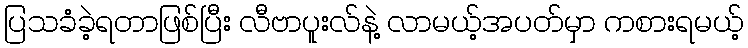
ပြသခံခဲ့ရတာဖြစ်ပြီး လီဗာပူးလ်နဲ့ လာမယ့်အပတ်မှာ ကစားရမယ့်